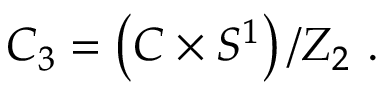
{ \cal C } _ { 3 } = \left( C \times S ^ { 1 } \right) / Z _ { 2 } \ .